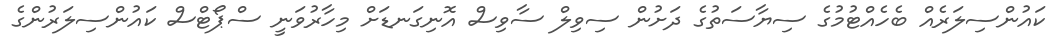
ކައުންސިލަރެއް ބެހެއްޓުމުގެ ސިޔާސަތުގެ ދަށުން ސިވިލް ސާވިސް އޮނިގަނޑަށް މިހާރުވަނީ ސްޕޯޓްސް ކައުންސިލަރުންގެ